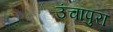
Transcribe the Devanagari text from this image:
उंचापुरा